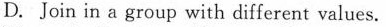
D. Join in a group with different values.